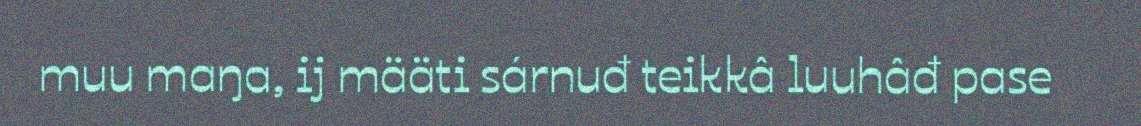
muu maŋa, ij määti sárnuđ teikkâ luuhâđ pase